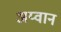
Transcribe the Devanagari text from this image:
अय्वान